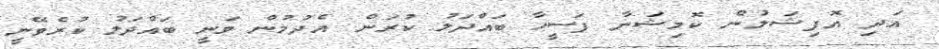
އަދި އޮފިޝަލުން ކޮމިޝަނާ ފަސީހާ ބައްދަލު ކުރަން އެދުމުން ވަނީ ބައްދަލު ކުރެވޭނީ